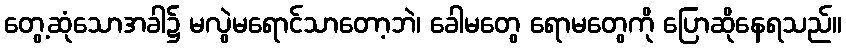
တွေ့ဆုံသောအခါ၌ မလွဲမရောင်သာတော့ဘဲ၊ ခေါမတွေ ရောမတွေကို ပြောဆိုနေရသည်။